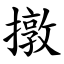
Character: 撴